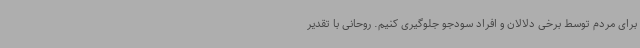
برای مردم توسط برخی دلالان و افراد سودجو جلوگیری کنیم. روحانی با تقدیر